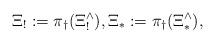
LaTeX: \begin{align*}\Xi_!:=\pi_\dag(\Xi_!^\wedge), \Xi_*:=\pi_\dag(\Xi_*^\wedge),\end{align*}